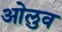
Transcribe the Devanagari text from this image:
ओलुव